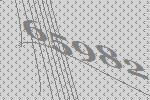
65982